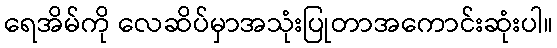
ရေအိမ်ကို လေဆိပ်မှာအသုံးပြုတာအကောင်းဆုံးပါ။